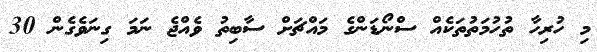
މި ހުރިހާ ތުހުމަތުތަކެއް ސްނޯޑަންގެ މައްޗަށް ސާބިތު ވެއްޖެ ނަމަ ގިނަވެގެން 30